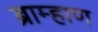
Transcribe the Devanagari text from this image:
ब्राम्हाण